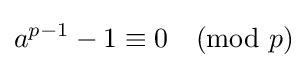
a^{p-1}-1\equiv 0{\pmod {p}}